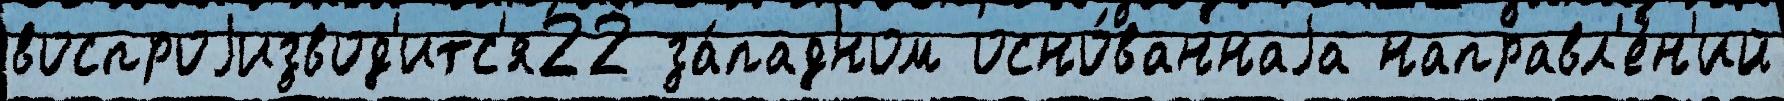
воспроjизвод'итс'я22 за́падном осно́ваннаjа направл'е́н'ий